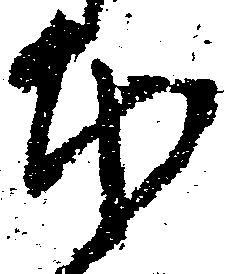
本